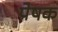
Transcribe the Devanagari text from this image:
पेषक